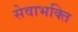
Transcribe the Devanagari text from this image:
सेवाभक्ति